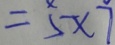
= 5 \times 7